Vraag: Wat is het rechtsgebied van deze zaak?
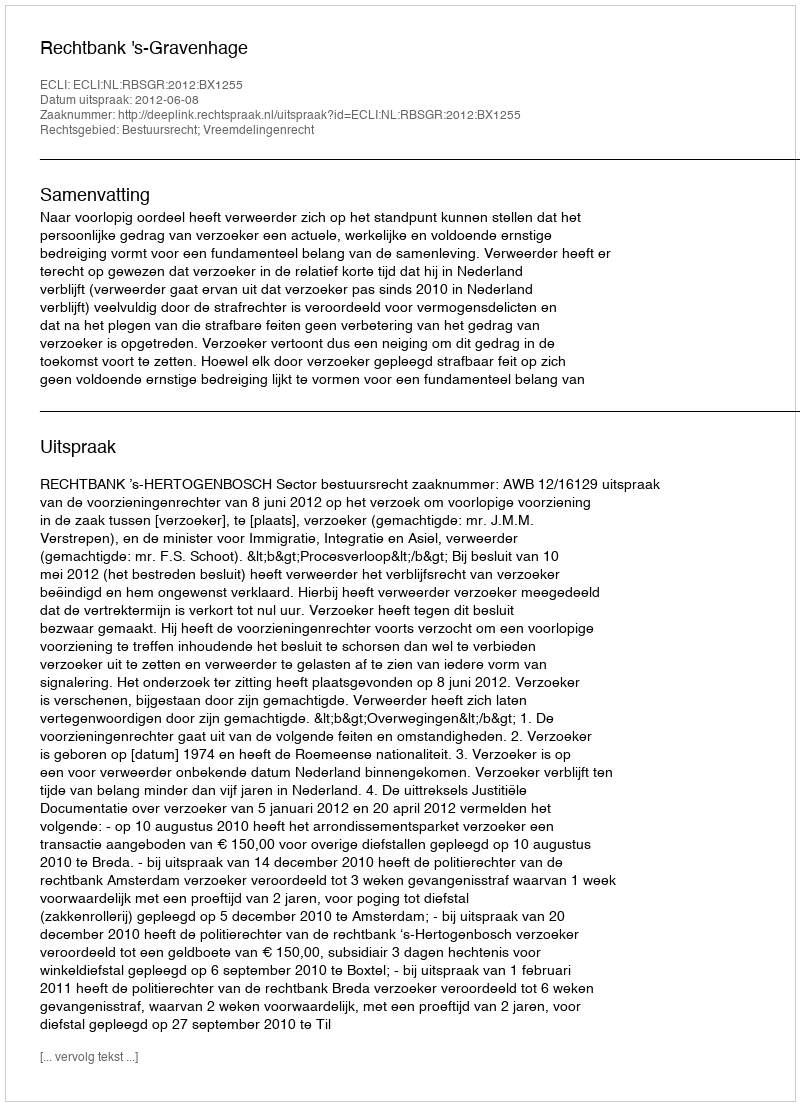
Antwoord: Bestuursrecht; Vreemdelingenrecht